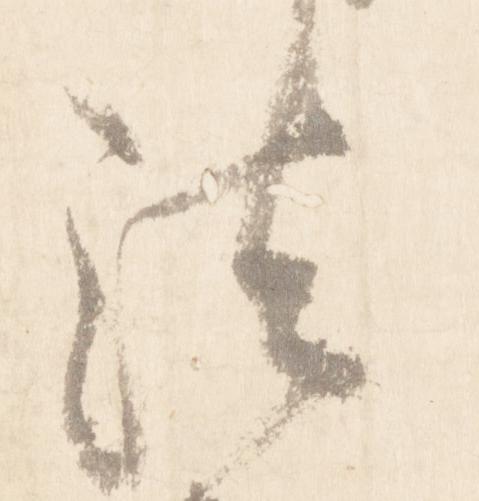
法